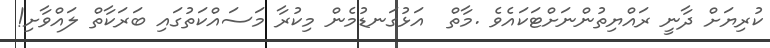
ކުރިޔަށް ދާނީ ރައްޔިތުންނަށްޓަކައެވެ .މާތް  އަޅުގަނޑުމެން މިކުރާ މަސައްކަތުގައި ބަރަކާތް ލައްވާށި!